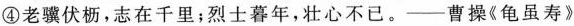
④老骥伏枥，志在千里；烈士暮年，壮心不已。——曹操《龟虽寿》